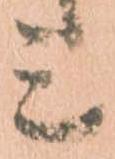
ミ